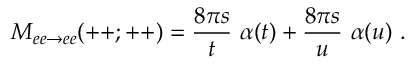
{ \cal M } _ { e e \rightarrow e e } ( + + ; + + ) = { \frac { 8 \pi s } { t } } \ \alpha ( t ) + { \frac { 8 \pi s } { u } } \ \alpha ( u ) \ .